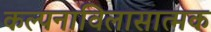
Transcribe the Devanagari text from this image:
कल्पनाविलासात्मक